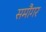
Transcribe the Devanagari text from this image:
समौगर